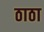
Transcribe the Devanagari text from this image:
ठाठा